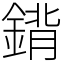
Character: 𨩈